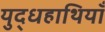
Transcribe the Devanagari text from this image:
युद्धहाथियाँ